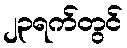
၂၃ရက်တွင်